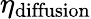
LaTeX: \eta_{\mathrm{diffusion}}